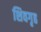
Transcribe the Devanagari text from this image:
शिवगृह